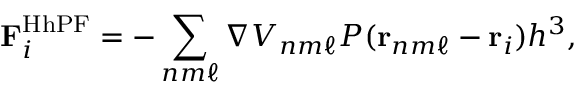
\mathbf { F } _ { i } ^ { \mathrm { H h P F } } = - \sum _ { n m \ell } \nabla V _ { n m \ell } P ( \mathbf { r } _ { n m \ell } - \mathbf { r } _ { i } ) h ^ { 3 } ,